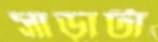
সাড়াটা